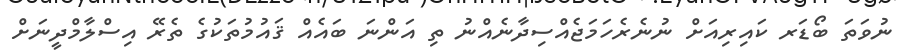
ނުވަތަ ބޯޑަރ ކައިރިއަށް ނުނެރެހަމަޖެއްސިދާނެއްނު ތި އަންނަ ބައެއް ޤައުމުތަކުގެ ތެރޭ އިސްލާމްދީނަށް